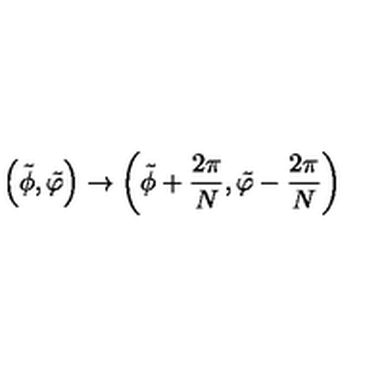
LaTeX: \left( \tilde { \phi } , \tilde { \varphi } \right) \rightarrow \left( \tilde { \phi } + \frac { 2 \pi } { N } , \tilde { \varphi } - \frac { 2 \pi } { N } \right)